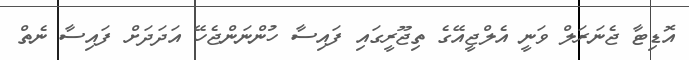
އޮޑިޓާ ޖެނަރަލް ވަނީ އެލްޖީއޭގެ ތިޖޫރީގައި ފައިސާ ހުންނަންޖެހޭ އަދަދަށް ފައިސާ ނެތް